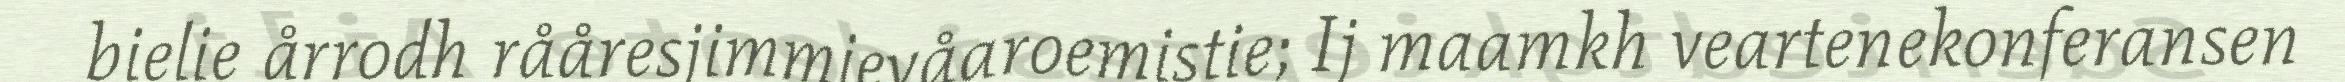
bielie årrodh rååresjimmievåaroemistie; Ij maamkh veartenekonferansen